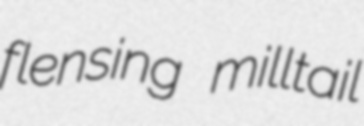
flensing milltail